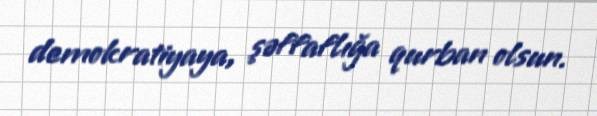
demokratiyaya, şəffaflığa qurban olsun.